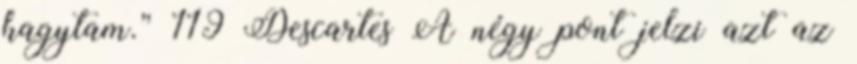
hagytam.” 119 Descartes A négy pont jelzi azt az